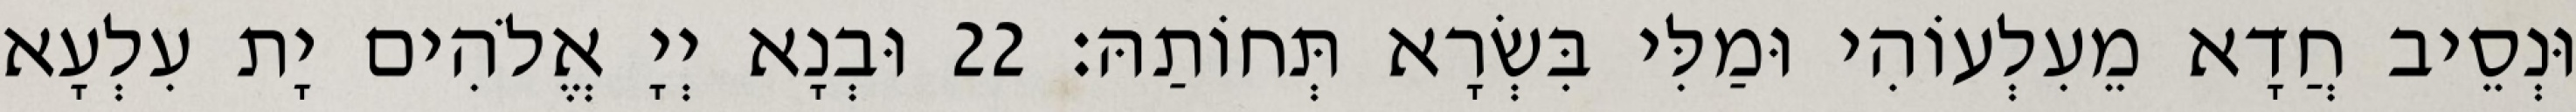
וּנְסֵיב חֲדָא מֵעִלְעוֹהִי וּמַלִּי בִּשְׂרָא תְּחוֹתַהּ׃ 22 וּבְנָא יְיָ אֱלֹהִים יָת עִלְעָא